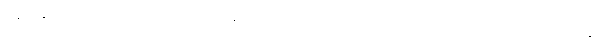
မြန်မာနိုင်ငံရဲ့ လက်ရှိဖြစ်ပွားနေတဲ့ ပြဿနာတွေကို ဖြေရှင်းဖို့တစ်ခုတည်းသော နည်းလမ်းက တန်းတူရေးနဲ့